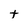
Character: t